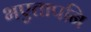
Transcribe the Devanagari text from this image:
भएतापनि